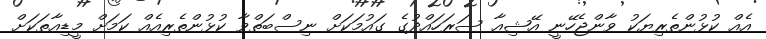
އެއް ކުޅުންތެރިޔަކު ވާންޖެހޭނީ އޭޝިއާ ސަރަހައްދުގެ ގައުމަކަށް ނިސްބަތްވާ ކުޅުންތެރިއެއް ކަމަށް މީޑިއާތަކަށް